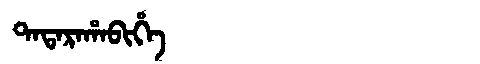
Manchu: ᡨᠠᡨᠠᡵᠠᡥᠠᠪᡳᡥᡝ
Romanization: TATARAHABIHE